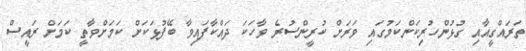
ތަރައްގީއާއި ގުޅުންހުރިކަންކަމުގައި ވަރަށް ކުރީންސުރެ ވާހަކަ ދައްކާފައިވާ ބޭފުޅަކަށް ކަމަށްވާތީ ކަމަށް ރައީސް